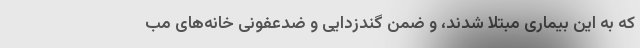
که به این بیماری مبتلا شدند، و ضمن گندزدایی و ضدعفونی خانه‌های مب